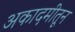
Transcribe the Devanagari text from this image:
अकादमीतून